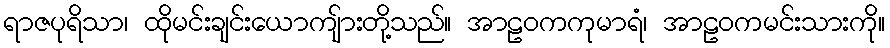
ရာဇပုရိသာ၊ ထိုမင်းချင်းယောကျ်ားတို့သည်။ အာဠဝကကုမာရံ၊ အာဠဝကမင်းသားကို။